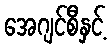
အေဂျင်စီနှင့်